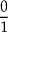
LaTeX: \frac { 0 } { 1 }